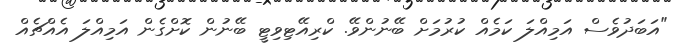
"އަބަދުވެސް އަމިއްލަ ކަމެއް ކުރުމަށް ބޭނުންވޭ. ކްރިއޭޓިވިޓީ ބޭނުން ކޮށްގެން އަމިއްލަ އެއްޗެއް